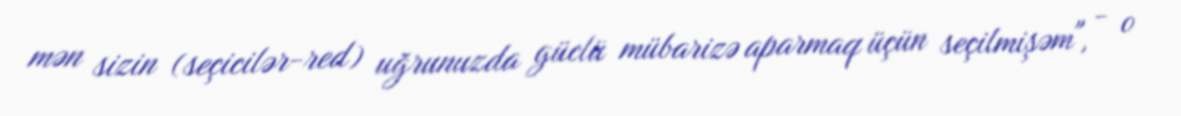
mən sizin (seçicilər-red) uğrunuzda güclü mübarizə aparmaq üçün seçilmişəm", - o